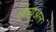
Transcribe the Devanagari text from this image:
र्व्हच्युअल